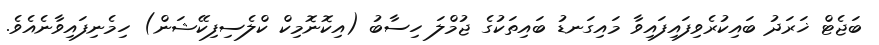
ބަޖެޓް ޚަރަދު ބައިކުރެވިފައިފައިވާ މައިގަނޑު ބައިތަކުގެ ޖުމްލަ ހިސާބު (އިކޮނޮމިކް ކްލެސިފިކޭޝަން) ހިމެނިފައިވާނެއެވެ.